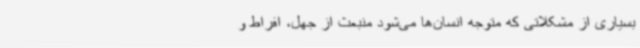
بسیاری از مشکلاتی که متوجه انسان‌ها می‌شود منبعث از جهل، افراط و